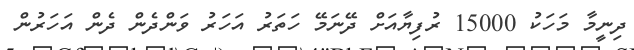
ދިނީމާ މަހަކު 15000 ރުފިޔާއަށް ދޭނަމޭ ހަތަރު އަހަރު ވަންދެން ދެން އަހަރުން